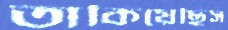
তাকিয়েছিস